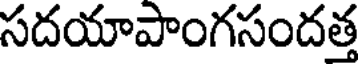
సదయాపాంగసందత్త